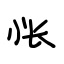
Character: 怅